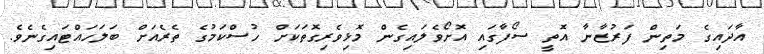
އާދައިގެ މަތިން ފަރުޒާނާ އޮތީ ސޯފާގައި އޮށޯވެލައިގެން މޮޅިވެރިގޮތަކަށް ހުސްކަމުގެ ތެރެއަށް ބަލަހައްޓައިގެނެވެ.